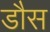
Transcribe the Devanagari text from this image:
डौस